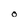
Character: O